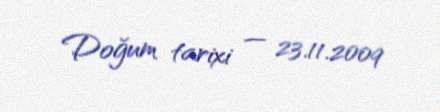
Doğum tarixi — 23.11.2009